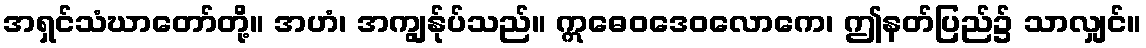
အရှင်သံဃာတော်တို့။ အဟံ၊ အကျွန်ုပ်သည်။ ဣဓေဝဒေဝလောကေ၊ ဤနတ်ပြည်၌ သာလျှင်။